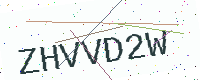
Text: ZHVVD2W